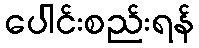
ပေါင်းစည်းရန်